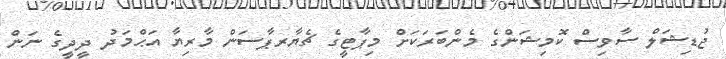
ޖުޑިޝަލް ސާވިސް ކޮމިޝަންގެ މެންބަރަކަށް މިޕާޓީގެ ޗެޔާރޕާސަން މާރިޔާ އަޙްމަދު ދީދީގެ ނަން